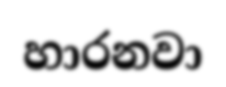
හාරනවා